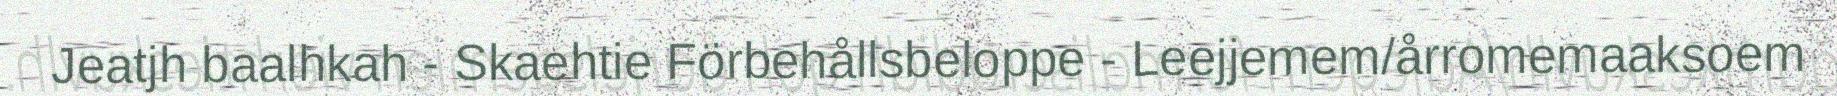
Jeatjh baalhkah - Skaehtie Förbehållsbeloppe - Leejjemem/årromemaaksoem